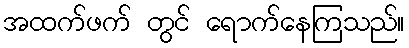
အထက်ဖက် တွင် ရောက်နေကြသည်။